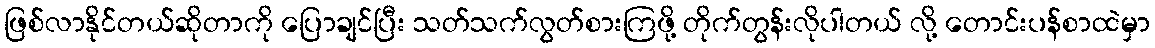
ဖြစ်လာနိုင်တယ်ဆိုတာကို ပြောချင်ပြီး သတ်သက်လွတ်စားကြဖို့ တိုက်တွန်းလိုပါတယ် လို့ တောင်းပန်စာထဲမှာ